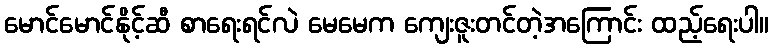
မောင်မောင်နိုင့်ဆီ စာရေးရင်လဲ မေမေက ကျေးဇူးတင်တဲ့အကြောင်း ထည့်ရေးပါ။